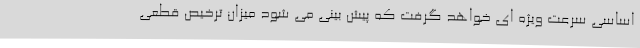
اساسی سرعت ویژه ای خواهد گرفت که پیش بینی می شود میزان ترخیص قطعی